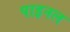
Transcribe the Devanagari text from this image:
पाइनल